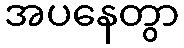
အပနေတွာ